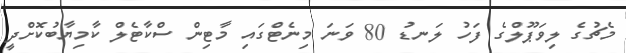
މެޗުގެ ލިވަޕޫލްގެ ފަހު ލަނޑު 80 ވަނަ މިނެޓްގައި މާޓިން ސްކާޓެލް ކާމިޔާބުކޮށްދީ